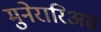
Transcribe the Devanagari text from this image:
मुनेरारिअस